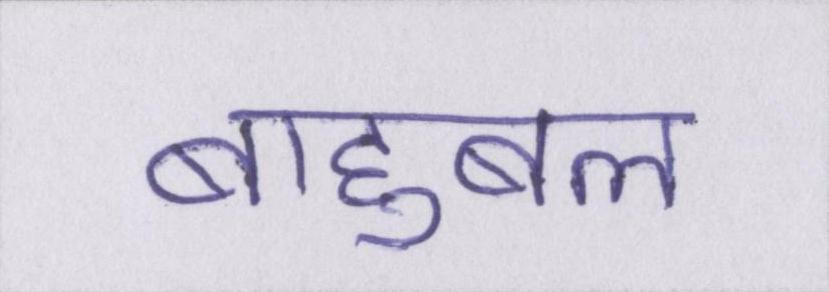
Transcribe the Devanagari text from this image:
बाहुबल